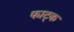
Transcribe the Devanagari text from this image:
फाट्क